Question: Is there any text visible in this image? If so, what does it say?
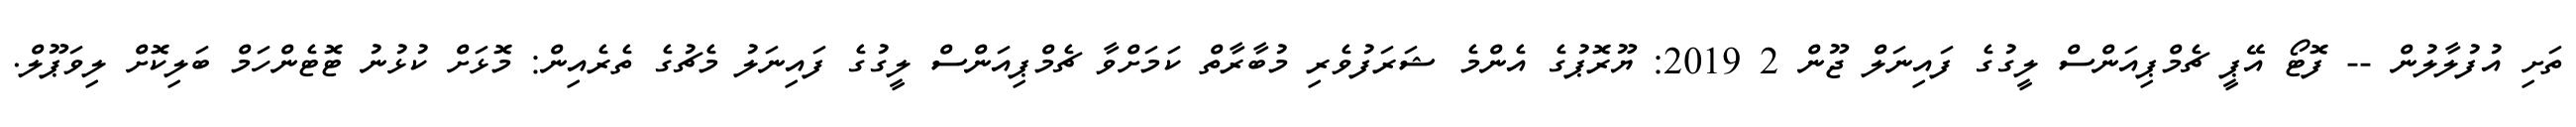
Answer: ތަށި އުފުލާލުން -- ފޮޓޯ އޭޕީ ޗެމްޕިއަންސް ލީގުގެ ފައިނަލް ޖޫން 2 2019: ޔޫރޮޕުގެ އެންމެ ޝަރަފުވެރި މުބާރާތް ކަމަށްވާ ޗެމްޕިއަންސް ލީގުގެ ފައިނަލު މެޗުގެ ތެރެއިން: މޮޅަށް ކުޅުނު ޓޮޓެންހަމް ބަލިކޮށް ލިވަޕޫލް.